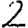
Digit: 2